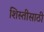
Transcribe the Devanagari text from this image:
शिस्तीसाठी